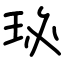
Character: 珌